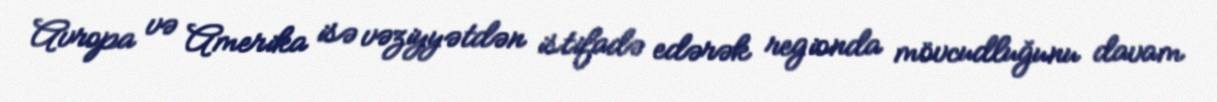
Avropa və Amerika isə vəziyyətdən istifadə edərək regionda mövcudluğunu davam